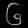
Digit: ၆